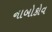
નાબોકોવ